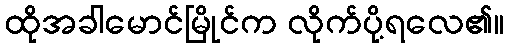
ထိုအခါမောင်မြိုင်က လိုက်ပို့ရလေ၏။